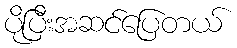
ပိုပြီးအဆင်ပြေတယ်